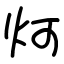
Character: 炣